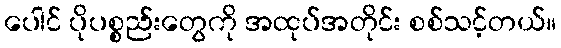
ပေါင် ပိုပစ္စည်းတွေကို အထုပ်အတိုင်း စစ်သင့်တယ်။